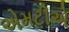
એમટીએ